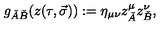
g _ { \check { A } \check { B } } ( z ( \tau , \vec { \sigma } ) ) : = \eta _ { \mu \nu } z _ { \check { A } } ^ { \mu } z _ { \check { B } } ^ { \nu } ,